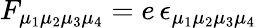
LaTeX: F_{\mu_{1}\mu_{2}\mu_{3}\mu_{4}}=e\, \epsilon_{\mu_{1}\mu_{2}\mu_{3}\mu_{4}}